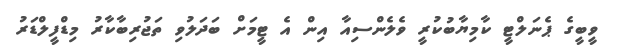
ވީބީގެ ޕެނަލްޓީ ކާމިޔާބުކުރީ ވެލެންސިއާ އިން އެ ޓީމަށް ބަދަލުވި ތަޖުރިބާކާރު މިޑްފީލްޑަރު